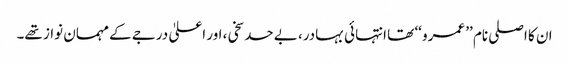
ان کا اصلی نام ’’ عمرو ‘‘ تھا انتہائی بہادر، بے حد سخی، اور اعلیٰ درجے کے مہمان نواز تھے۔